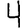
Digit: 4